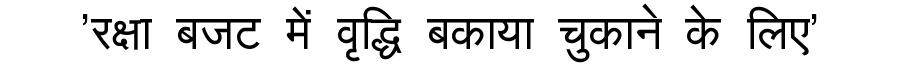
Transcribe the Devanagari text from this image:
'रक्षा बजट में वृद्धि बकाया चुकाने के लिए'